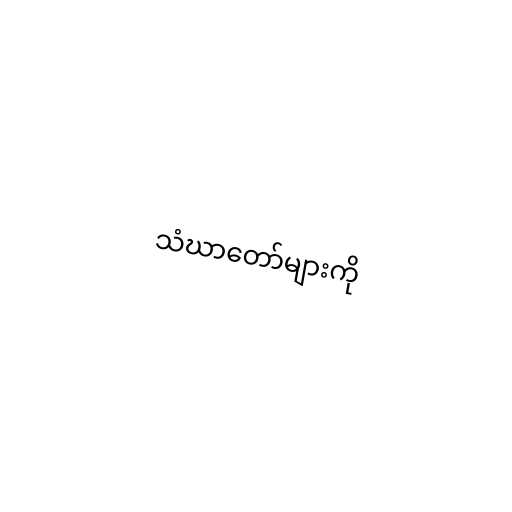
သံဃာတော်များကို